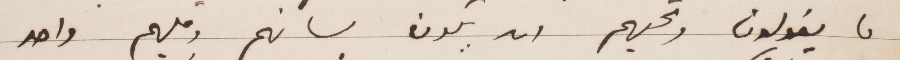
ما يقولون وجلهم ان يكون لسانهم وقلمهم واحد